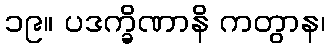
၁၉။ ပဒက္ခိဏာနိ ကတွာန၊